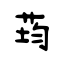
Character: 荺